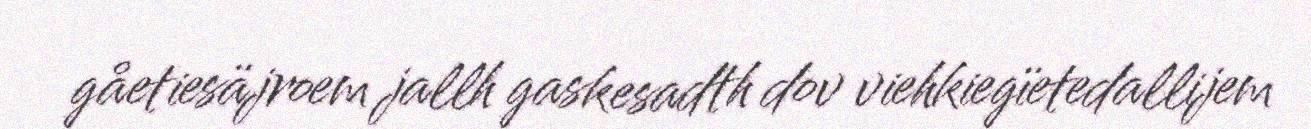
gåetiesäjroem jallh gaskesadth dov viehkiegïetedallijem